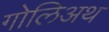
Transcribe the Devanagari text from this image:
गोलिअथ